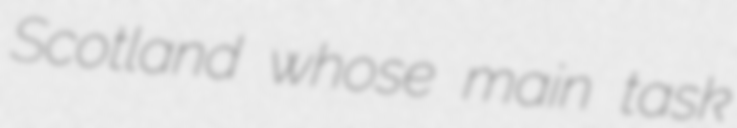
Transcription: Scotland whose main task